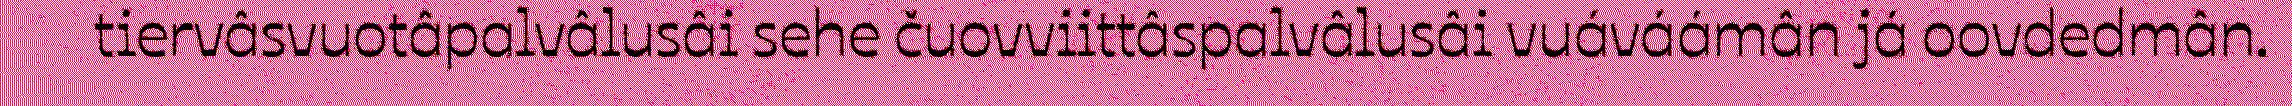
tiervâsvuotâpalvâlusâi sehe čuovviittâspalvâlusâi vuáváámân já oovdedmân.